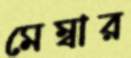
মেম্বার